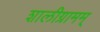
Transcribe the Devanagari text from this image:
शालीग्रामम्